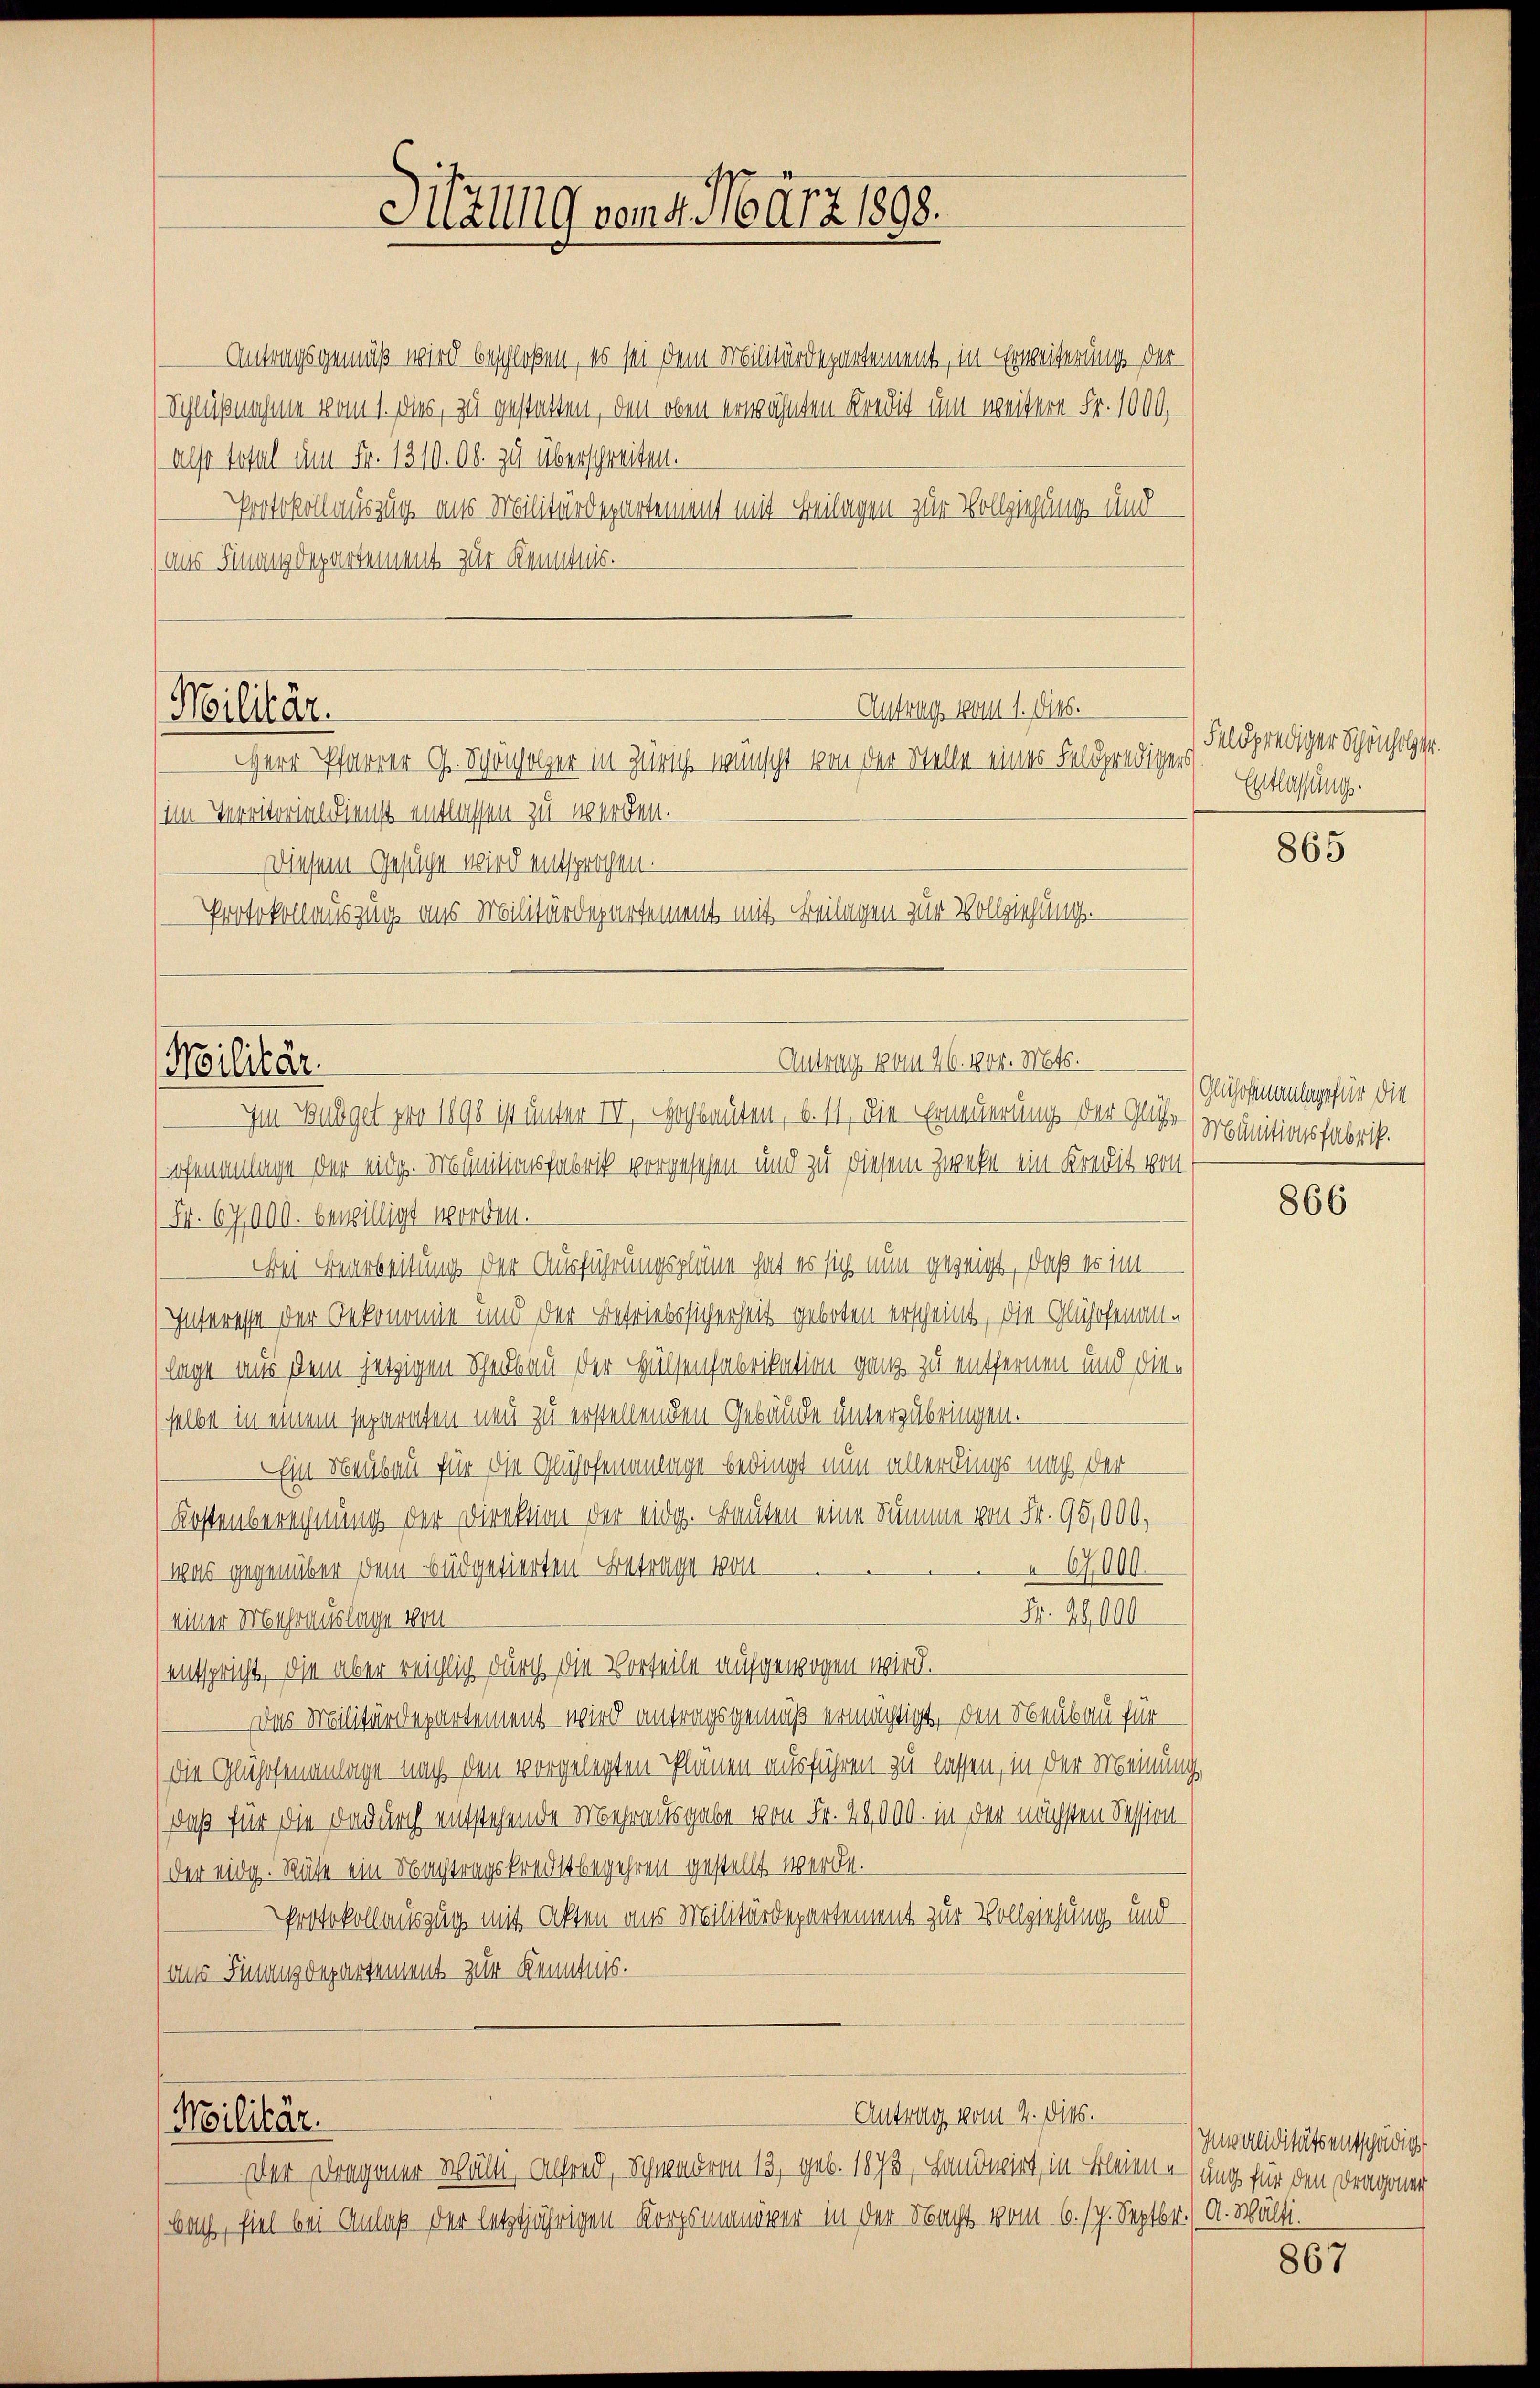
Antragsgemäß wird beschloßen, es sei dem Militärdepartement, in Erweiterung der
Schlußnahme vom 1. dies, zu gestatten, den oben erwähnten Kredit um weitere Fr. 1000.
also total um Fr. 1310. Ob zu überschreiten.
Protokollauszug aus Militärdepartement mit Beilagen zur Vollziehung und
(aus Finanzdepartement zur Kenntnis.
Herr Pfarrer G. Schönholzer in Zürich wünscht von der Stelle eines Feldpredigens
(im Territorial dienst entlassen zu werden.
Diesem Gesuche wird entsprochen.
Protokollauszug aus Militärdepartement mit Beilagen zur Vollziehung.
Im Budget pro 1898 ist unter III. Hochbauten, b. 11, die Erneuerung der Glühe
ofenanlage der eidg. Munitionsfabrik vorgesehen und zu diesem Zwecke ein Kredit von
(Fr. 67,000. bewilligt worden.
Bei Bearbeitung der Ausführungspläne hat es sich nun gezeigt, daß es im
Interesse der Oekonomie und der Befriebssicherheit geboten erscheint, die Glühofenan-
lage aus dem jetzigen Scheubau der Hülsenfabrikation ganz zu entfernen und die-
selbe in einem separaten neu zu erstellenden Gebäude unterzubringen.
Ein Neubau für die Glühofenanlage bedingt nun allerdings nach der
Kostenberechnung der Direktion der eidg. Bauten eine Summe von Fr. 95,000,
67000.
) was gegenüber dem Büdgetierten - Betrage von
Fr. 20,000
einer Mehrauslage von
entspricht, die aber reichlich durch die Vorteile aufgewogen wird.
Das Militärdepartement wird antragsgemäß ermächtigt, den Neubau für
die Glühofenanlage nach den vorgelegten Plänen ausführen zu lassen, in der Meinung,
daß für die dadurch entstehende Mehrausgabe von Fr. 28000. in der nächsten Session
der eidg. Mühe ein Nachtragskreditbegehren gestellt werde.
Protokollauszug mit Akten aus Militärdepartement zur Vollziehung und
ans Finanzdepartement zur Kenntnis.

Militär.

Militär.

Moilitär.

Sitzung von 4. März 1898.

Elustrig vom 1. Dies.

Antrag vom 26. 1804. Mts.

Antrag vom 4. Dieb.
der Dragoner Walli, Alfred, Schwadron 13, geb. 1873, Handwirt, in Bleien sung für den Dragoner
bach, fiel bei Anlaß der letztjährigen Korpsmanöver in der Nacht vom 6. 17. Septbr., A. Wälti

Feldprediger Schönholen.
Entlassung.

865

Glühosnanlage für die
Munitionsfabrik.

866

Invaliditäts entschädigt

867